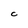
Character: C